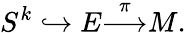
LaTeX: S^{k}\hookrightarrow E{\stackrel{\pi}{\longrightarrow}}M.